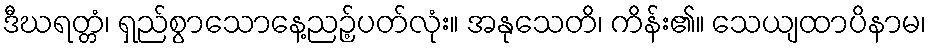
ဒီဃရတ္တံ၊ ရှည်စွာသောနေ့ညဉ့်ပတ်လုံး။ အနုသေတိ၊ ကိန်း၏။ သေယျထာပိနာမ၊